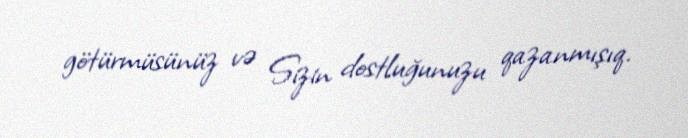
götürmüsünüz və Sizin dostluğunuzu qazanmışıq.